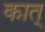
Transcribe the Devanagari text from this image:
कात्‌